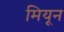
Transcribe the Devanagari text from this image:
मियून